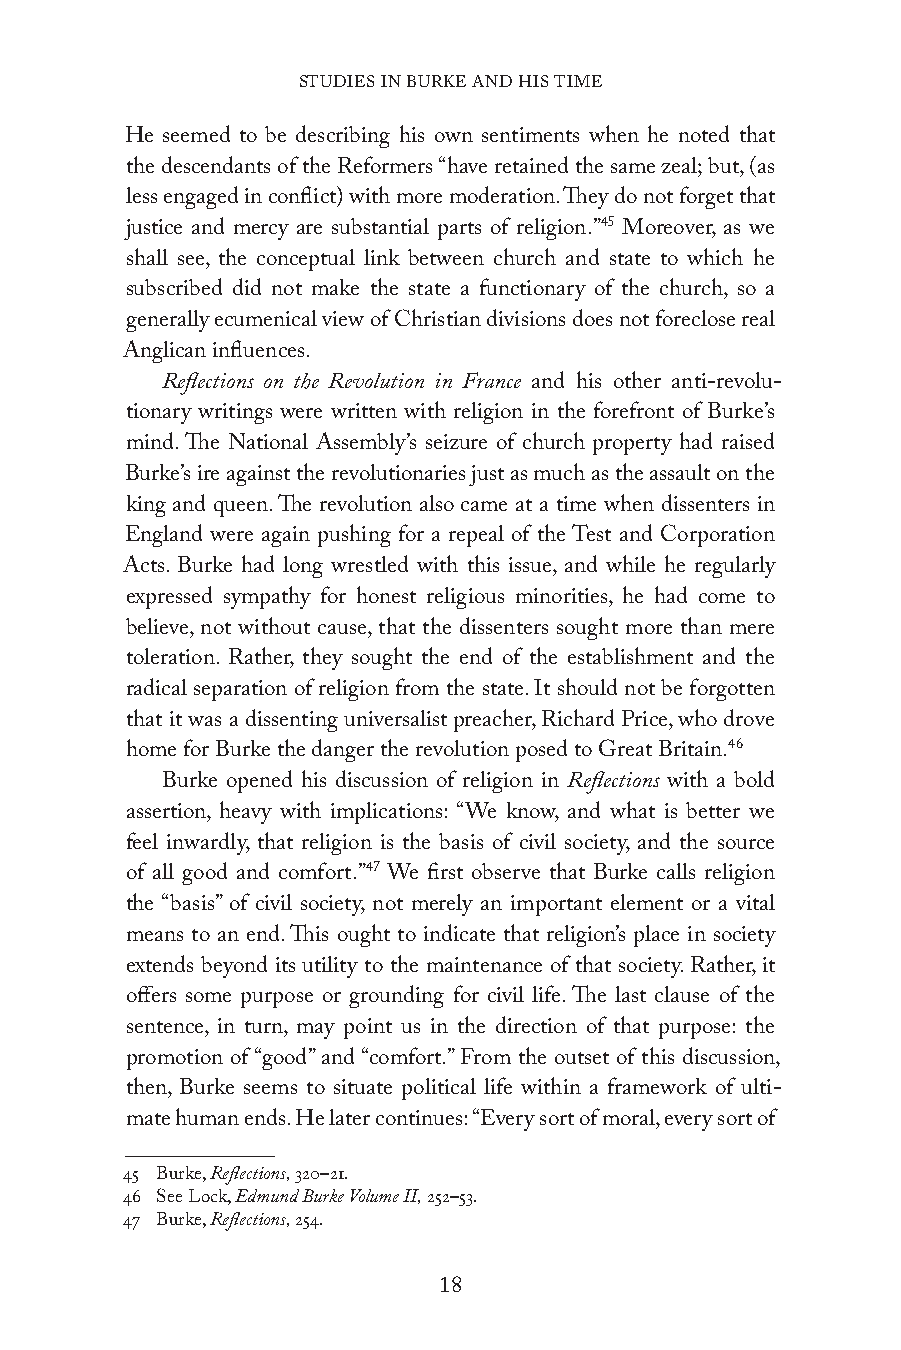
STUDIES IN BURKE AND HIS TIME
 He seemed to be describing his own sentiments when he noted that
 the descendants of the Reformers “have retained the same zeal; but, (as
 less engaged in conflict) with more moderation. They do not forget that
 justice and mercy are substantial parts of religion.”45 Moreover, as we
 shall see, the conceptual link between church and state to which he
 subscribed did not make the state a functionary of the church, so a
 generally ecumenical view of Christian divisions does not foreclose real
 Anglican influences.
 Reflections on the Revolution in France and his other anti-revolu-
 tionary writings were written with religion in the forefront of Burke’s
 mind. The National Assembly’s seizure of church property had raised
 Burke’s ire against the revolutionaries just as much as the assault on the
 king and queen. The revolution also came at a time when dissenters in
 England were again pushing for a repeal of the Test and Corporation
 Acts. Burke had long wrestled with this issue, and while he regularly
 expressed sympathy for honest religious minorities, he had come to
 believe, not without cause, that the dissenters sought more than mere
 toleration. Rather, they sought the end of the establishment and the
 radical separation of religion from the state. It should not be forgotten
 that it was a dissenting universalist preacher, Richard Price, who drove
 home for Burke the danger the revolution posed to Great Britain.46
 Burke opened his discussion of religion in Reflections with a bold
 assertion, heavy with implications: “We know, and what is better we
 feel inwardly, that religion is the basis of civil society, and the source
 of all good and comfort.”47 We first observe that Burke calls religion
 the “basis” of civil society, not merely an important element or a vital
 means to an end. This ought to indicate that religion’s place in society
 extends beyond its utility to the maintenance of that society. Rather, it
 offers some purpose or grounding for civil life. The last clause of the
 sentence, in turn, may point us in the direction of that purpose: the
 promotion of “good” and “comfort.” From the outset of this discussion,
 then, Burke seems to situate political life within a framework of ulti-
 mate human ends. He later continues: “Every sort of moral, every sort of
 45 Burke, Reflections, 320–21.
 46 See Lock, Edmund Burke Volume II, 252–53.
 47 Burke, Reflections, 254.
 18